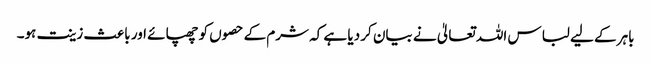
باہر کے لیے لباس اللہ تعالیٰ نے بیان کر دیا ہے کہ شرم کے حصوں کو چھپائے اور باعث زینت ہو۔